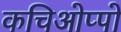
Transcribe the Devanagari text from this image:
कचिओप्पो